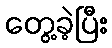
တွေ့ခဲ့ပြီး